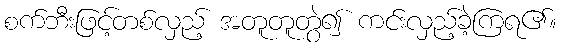
စက်ဘီးဖြင့်တစ်လှည့် အတူတူတွဲ၍ ကင်းလှည့်ခဲ့ကြရ၏။